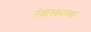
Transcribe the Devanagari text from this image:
नेब्रास्काच्या